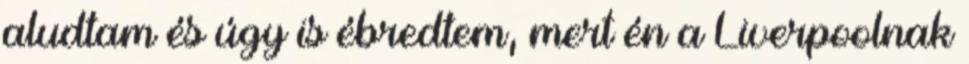
aludtam és úgy is ébredtem, mert én a Liverpoolnak